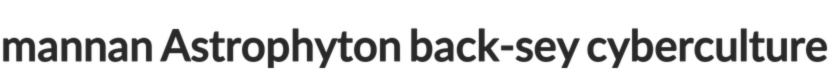
mannan Astrophyton back-sey cyberculture